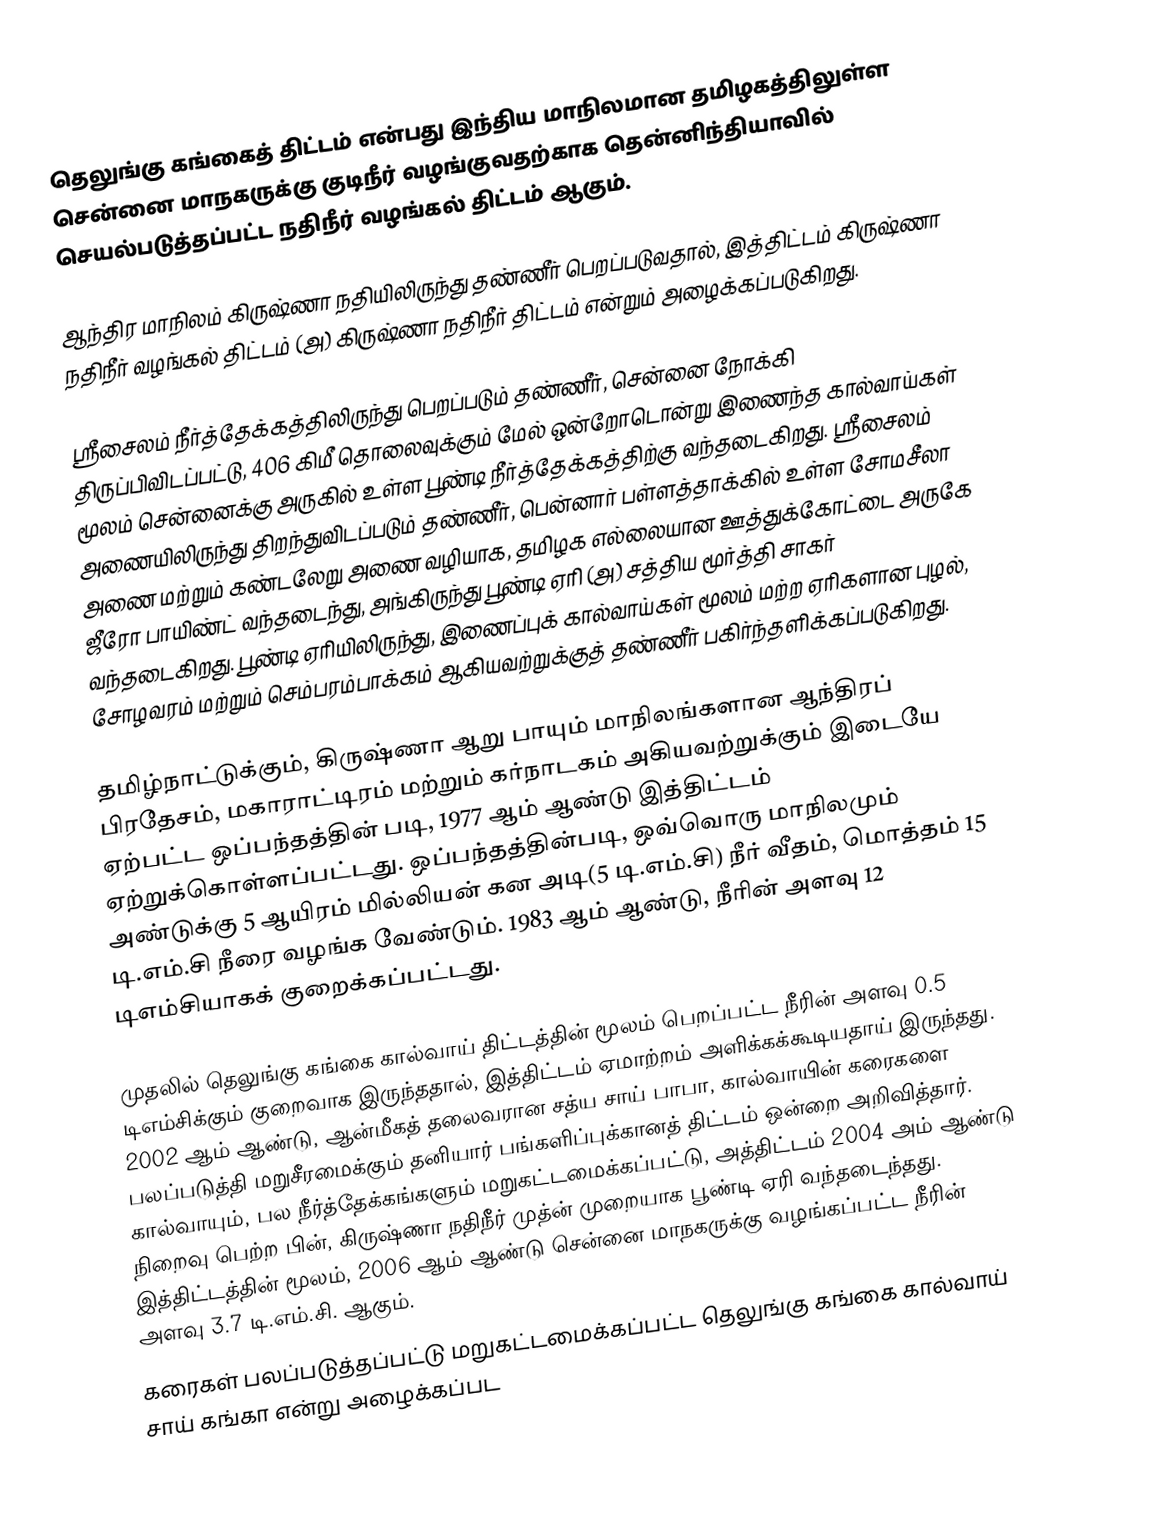
தெலுங்கு கங்கைத் திட்டம் என்பது இந்திய மாநிலமான தமிழகத்திலுள்ள சென்னை மாநகருக்கு குடிநீர் வழங்குவதற்காக தென்னிந்தியாவில் செயல்படுத்தப்பட்ட நதிநீர் வழங்கல் திட்டம் ஆகும்.

ஆந்திர மாநிலம் கிருஷ்ணா நதியிலிருந்து தண்ணீர் பெறப்படுவதால், இத்திட்டம் கிருஷ்ணா நதிநீர் வழங்கல் திட்டம் (அ) கிருஷ்ணா நதிநீர் திட்டம் என்றும் அழைக்கப்படுகிறது.

ஸ்ரீசைலம் நீர்த்தேக்கத்திலிருந்து பெறப்படும் தண்ணீர், சென்னை நோக்கி திருப்பிவிடப்பட்டு, 406 கிமீ தொலைவுக்கும் மேல் ஒன்றோடொன்று இணைந்த கால்வாய்கள் மூலம் சென்னைக்கு அருகில் உள்ள பூண்டி நீர்த்தேக்கத்திற்கு வந்தடைகிறது. ஸ்ரீசைலம் அணையிலிருந்து திறந்துவிடப்படும் தண்ணீர், பென்னார் பள்ளத்தாக்கில் உள்ள சோமசீலா அணை மற்றும் கண்டலேறு அணை வழியாக, தமிழக எல்லையான ஊத்துக்கோட்டை அருகே ஜீரோ பாயிண்ட் வந்தடைந்து, அங்கிருந்து பூண்டி ஏரி (அ) சத்திய மூர்த்தி சாகர் வந்தடைகிறது. பூண்டி ஏரியிலிருந்து, இணைப்புக் கால்வாய்கள் மூலம் மற்ற ஏரிகளான புழல், சோழவரம் மற்றும் செம்பரம்பாக்கம் ஆகியவற்றுக்குத் தண்ணீர் பகிர்ந்தளிக்கப்படுகிறது.

தமிழ்நாட்டுக்கும், கிருஷ்ணா ஆறு பாயும் மாநிலங்களான ஆந்திரப் பிரதேசம், மகாராட்டிரம் மற்றும் கர்நாடகம் அகியவற்றுக்கும் இடையே ஏற்பட்ட ஒப்பந்தத்தின் படி, 1977 ஆம் ஆண்டு இத்திட்டம் ஏற்றுக்கொள்ளப்பட்டது. ஒப்பந்தத்தின்படி, ஒவ்வொரு மாநிலமும் அண்டுக்கு 5 ஆயிரம் மில்லியன் கன அடி(5 டி.எம்.சி) நீர் வீதம், மொத்தம் 15 டி.எம்.சி நீரை வழங்க வேண்டும். 1983 ஆம் ஆண்டு, நீரின் அளவு 12 டிஎம்சியாகக் குறைக்கப்பட்டது.

முதலில் தெலுங்கு கங்கை கால்வாய் திட்டத்தின் மூலம் பெறப்பட்ட நீரின் அளவு 0.5 டிஎம்சிக்கும் குறைவாக இருந்ததால், இத்திட்டம் ஏமாற்றம் அளிக்கக்கூடியதாய் இருந்தது. 2002 ஆம் ஆண்டு, ஆன்மீகத் தலைவரான சத்ய சாய் பாபா, கால்வாயின் கரைகளை பலப்படுத்தி மறுசீரமைக்கும் தனியார் பங்களிப்புக்கானத் திட்டம் ஒன்றை அறிவித்தார். கால்வாயும், பல நீர்த்தேக்கங்களும் மறுகட்டமைக்கப்பட்டு, அத்திட்டம் 2004 அம் ஆண்டு நிறைவு பெற்ற பின், கிருஷ்ணா நதிநீர் முத்ன் முறையாக பூண்டி ஏரி வந்தடைந்தது. இத்திட்டத்தின் மூலம், 2006 ஆம் ஆண்டு சென்னை மாநகருக்கு வழங்கப்பட்ட நீரின் அளவு 3.7 டி.எம்.சி. ஆகும்.
கரைகள் பலப்படுத்தப்பட்டு மறுகட்டமைக்கப்பட்ட தெலுங்கு கங்கை கால்வாய் சாய் கங்கா என்று அழைக்கப்பட